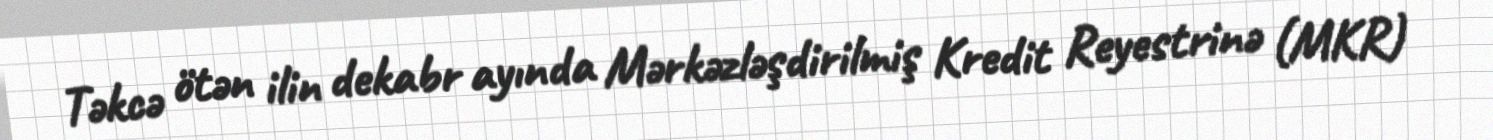
Təkcə ötən ilin dekabr ayında Mərkəzləşdirilmiş Kredit Reyestrinə (MKR)